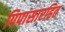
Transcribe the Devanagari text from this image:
पिपासारहित